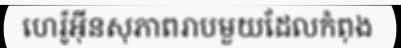
ហេរ៉ូអ៊ីនសុភាពរាបមួយដែលកំពុង